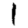
Digit: 1